Triennial report on the lunatic asylums in the province of Eastern Bengal and Assam - 1903-1911
Year: 1903
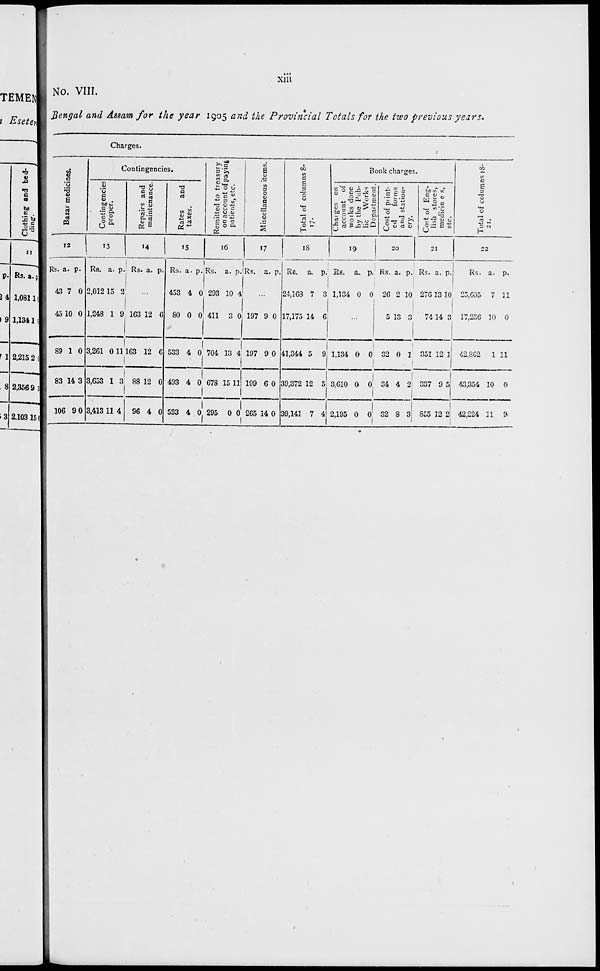
xiii
No. VIII.
Bengal and Assam for the year 1905 and the Provincial Totals for the two previous years.
Charges.
Bazar medicines.
12
Rs.
43
45
89
83
106
a.
7
10
1
14
9
p.
0
0
0
3
0
Contingencies.
Contingencies
proper.
13
Rs.
2,012
1,248
3,261
3,653
3,413
a.
15
1
0
1
11
p.
0
9
11
3
4
Repairs and
maintenance.
14
Rs. a. p.
...
163
163
88
96
12
12
12
4
6
6
0
0
Rates
and
taxes.
15
Rs.
453
80
533
493
533
a.
4
0
4
4
4
p.
0
0
0
0
0
Remitted to treasury
on account of paying
patients, etc.
16
Rs.
293
411
704
678
295
a.
10
3
13
15
0
p.
4
0
4
11
0
Miscellaneous items.
17
Rs. a. p.
...
197
197
199
265
9
9
6
14
0
0
0
0
Total of columns 8-
17.
18
Rs.
24,168
17,175
41,344
39,372
39,141
a.
7
14
5
12
7
p.
3
6
9
5
4
Book charges.
Charges on
account of
works done
by the Pub-
lic Works
Department.
19
Rs.
1,134
a.
0
p.
0
...
1,134
3,610
2,195
0
0
0
0
0
0
Cost of print¬
ed
forms
and station-
ery.
20
Rs.
26
5
32
34
32
a.
0
13
0
4
8
p.
10
3
1
2
3
Cost of Eng¬
lish stores,
medicines,
etc.
21
Rs.
276
74
351
337
855
a.
13
14
12
9
12
p.
10
3
1
5
2
Total of columns 18-
21.
22
Rs.
25,605
17,256
42,862
43,354
42,224
a.
7
10
1
10
11
p.
11
0
11
0
9